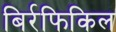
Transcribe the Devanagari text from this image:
बिर्रफिकिल